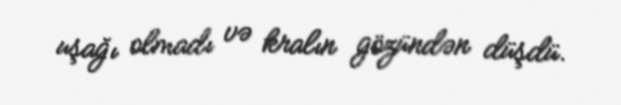
uşağı olmadı və kralın gözündən düşdü.